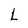
Character: L